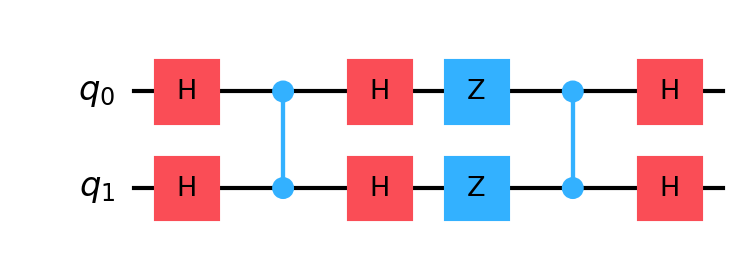
Description: 2-qubit Grover with oracle+diffusion drawn together
描述: Oracle和扩散合并绘制的2量子比特Grover
Category: visual_variants (difficulty: basic)
Qubits: 2, circuit depth: 6

Braket implementation:
from braket.circuits import Circuit
circuit = Circuit()
circuit.h(0).h(1)
circuit.cz(0, 1)
circuit.h(0).h(1).z(0).z(1).cz(0, 1).h(0).h(1)

Qiskit implementation:
from qiskit import QuantumCircuit
circuit = QuantumCircuit(2)
circuit.h(0).h(1)
circuit.cz(0, 1)
circuit.h(0).h(1).z(0).z(1).cz(0, 1).h(0).h(1)